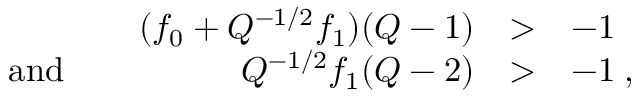
\begin{array} { l r l l } { { } } & { { ( f _ { 0 } + Q ^ { - 1 / 2 } f _ { 1 } ) ( Q - 1 ) } } & { { > } } & { { - 1 } } \\ { { \mathrm { ~ a n d ~ } \; \; \; } } & { { Q ^ { - 1 / 2 } f _ { 1 } ( Q - 2 ) } } & { { > } } & { { - 1 \; , } } \end{array}